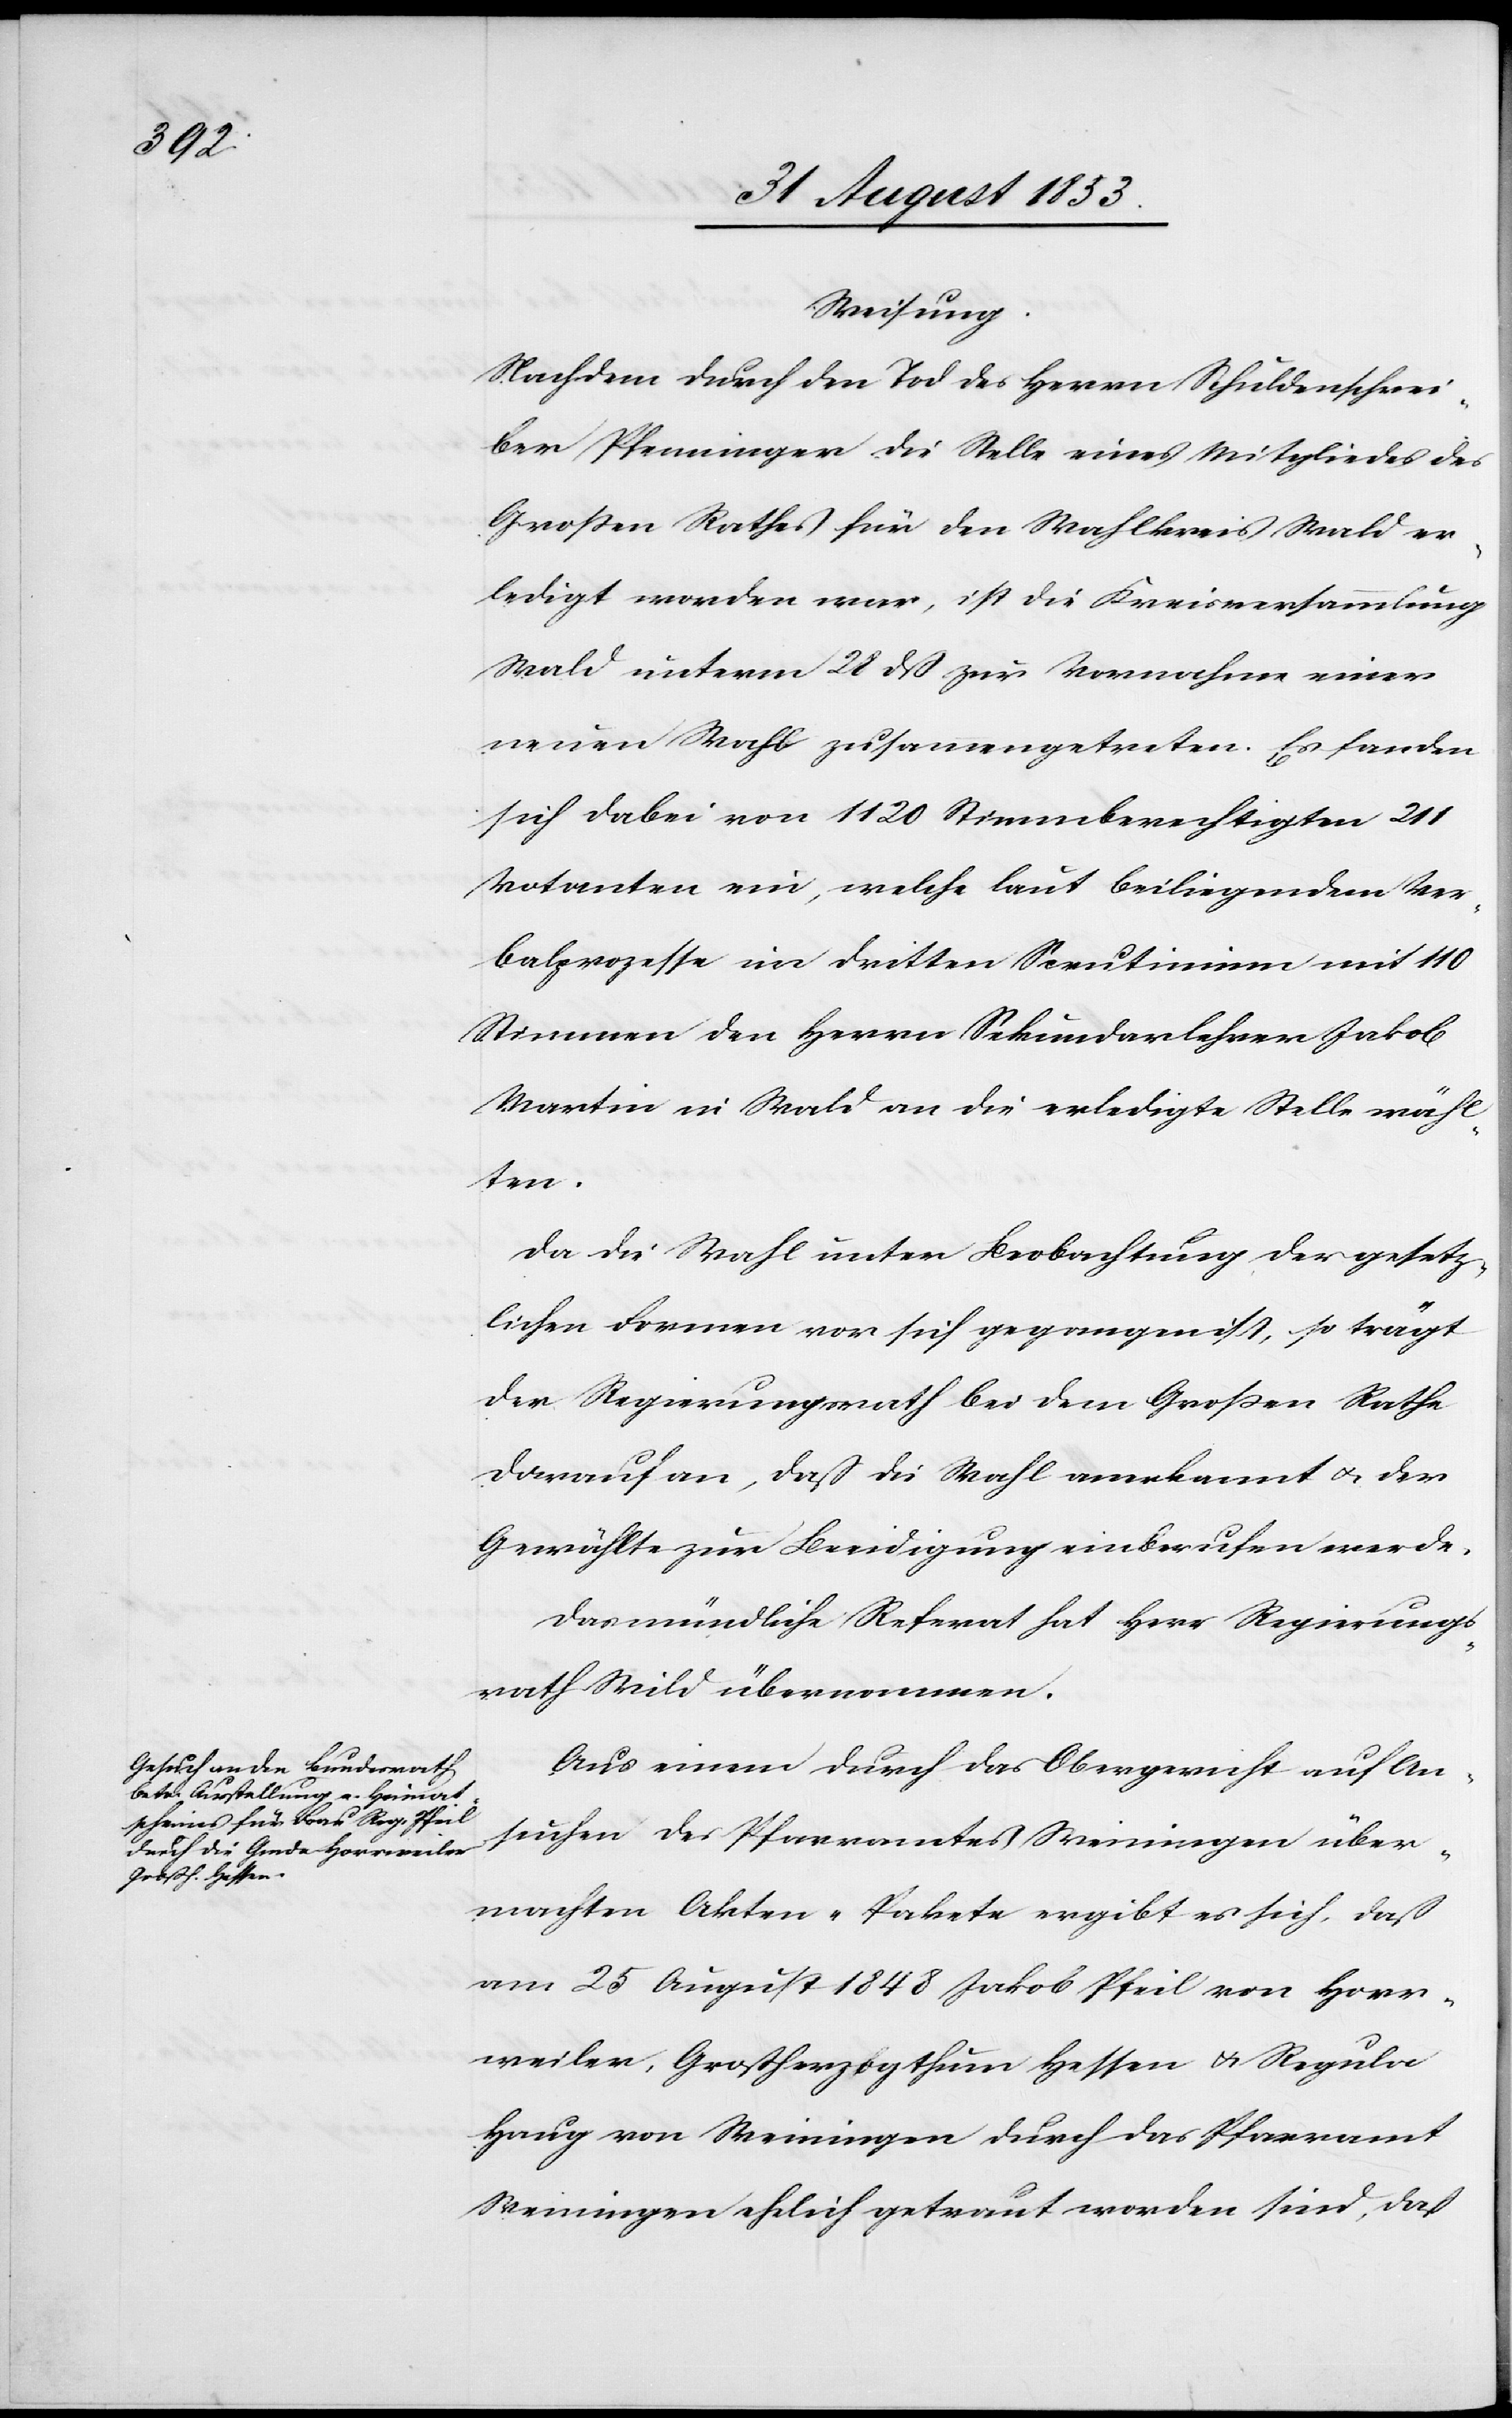
Weisung.
Nachdem durch den Tod des Herrn Schuldschrei¬
ber Pfenninger die Stelle eines Mitgliedes des
Großen Rathes für den Wahlkreis Wald er¬
ledigt worden war, ist die Kreisversammlung
Wald unterm 28 dß zur Vornahme einer
neuen Wahl zusammengetreten. Es fanden
sich dabei von 1120 Stimmberechtigten 211
Votanten ein, welche laut beiliegenden Ver¬
balprozesse im dritten Scrutinium mit 110
Stimmen den Herrn Sekundarlehrer Jakob
Martin in Wald an die erledigte Stelle wähl¬
ten.
Da die Wahl unter Beobachtung der gesetz¬
lichen Formen vor sich gegangen ist, so trägt
der Regierungsrath bei dem Großen Rathe
darauf an, daß die Wahl anerkannt u. der
Gewählte zur Beeidigung einberufen werde.
Das mündliche Referat hat Herr Regierungs¬
rath Wild übernommen.
Aus einem durch das Obergericht auf An¬
suchen des Pfarramtes Weiningen über¬
machten Akten-Pakete ergibt sich, daß
am 25 August 1848 Jakob Pfeil von Horr¬
weiler, Großherzogthum Hessen u. Regula
Haug von Weiningen durch das Pfarramt
Weiningen ehelich getraut worden sind, daß